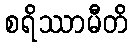
စရိဿာမီတိ